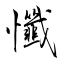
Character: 懺